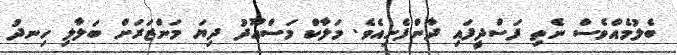
ބެލުމެއްވެސް ނެތި ފަސްދީފައި ދާންފެށިއެވެ. މަލާކް މަސްޢޫދު ދިޔަ މަންޒަރަށް ބަލާލި ހިނދު